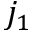
j _ { 1 }